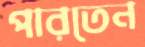
পারতেন